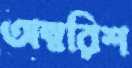
অম্বরিশ